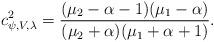
LaTeX: \begin{align*}c^2_{\psi, V,\lambda}=\frac{(\mu_2-\alpha-1)(\mu_1-\alpha)}{(\mu_2+\alpha)(\mu_1+\alpha+1)}.\end{align*}